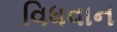
વિધવાન